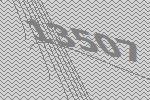
13507